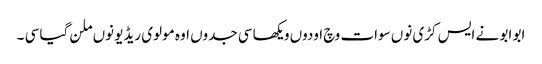
ابو ابو نے ایس کڑی نوں سوات وچ اودوں ویکھا سی جدوں اوہ مولوی ریڈیو نوں ملن گیا سی ۔